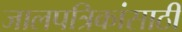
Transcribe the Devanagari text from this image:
जालपत्रिकांसाठी